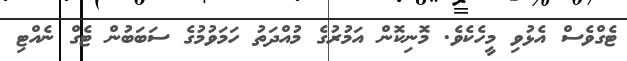
ޓެގްވެސް އެޅުވި މީހެކެވެ. މޮނިކޮން އަމުރުގެ މުއްދަތު ހަމަވުމުގެ ސަބަބުން ޓެގް ނެއްޓި